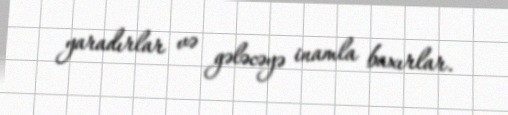
yaradırlar və gələcəyə inamla baxırlar.